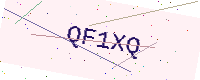
Text: QF1XQ